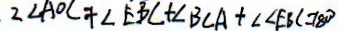
2 \angle A O C + \angle E B C + \angle B C A + \angle \angle E B C = 1 8 0 ^ { \circ }